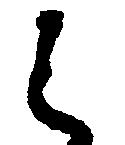
く